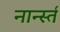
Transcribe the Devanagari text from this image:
नार्न्स्त